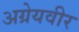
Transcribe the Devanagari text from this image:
अग्रेयवीर